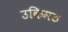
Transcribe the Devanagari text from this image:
उकिमठ